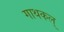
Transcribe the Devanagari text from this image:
गाथकल्